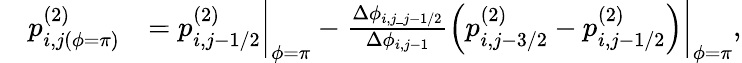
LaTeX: \begin{array}{rl}&{\begin{array}{rl}{p_{i,j(\phi=\pi)}^{(2)}}&{=p_{i,j-1/2}^{(2)}\biggr|_{\phi=\pi}-\frac{\Delta\phi_{i,j\_ j-1/2}}{\Delta\phi_{i,j-1}}\left(p_{i,j-3/2}^{(2)}-p_{i,j-1/2}^{(2)}\right)\biggr|_{\phi=\pi},}\end{array}}\end{array}